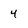
Character: 4